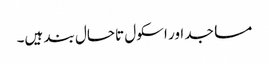
مساجد اور اسکول تاحال بند ہیں۔